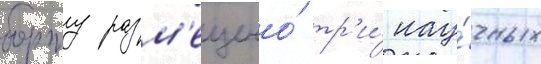
борту разм'ещено́ тр'и́ нау́чных